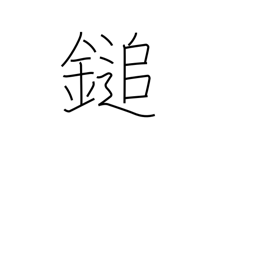
Meaning: mallet